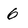
Character: 6